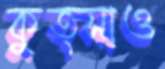
কুত্সাও